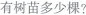
有树苗多少棵？